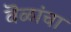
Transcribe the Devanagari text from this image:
वॆळांचा